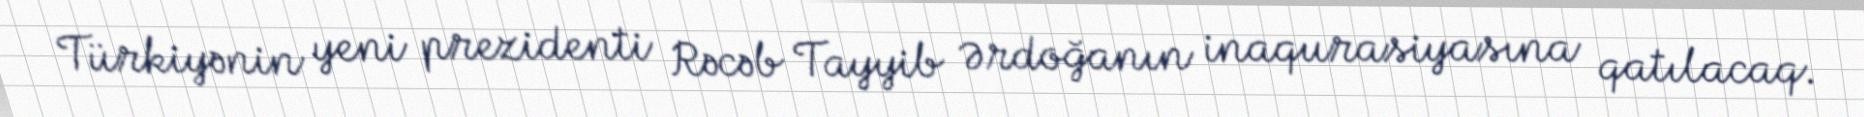
Türkiyənin yeni prezidenti Rəcəb Tayyib Ərdoğanın inaqurasiyasına qatılacaq.